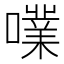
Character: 𡁖